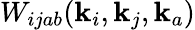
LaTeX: W_{ijab}(\mathbf{k}_{i},\mathbf{k}_{j},\mathbf{k}_{a})